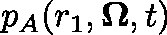
p _ { A } ( r _ { 1 } , \mathbf { \Omega } , t )